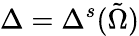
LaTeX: \Delta=\Delta^{s}(\tilde{\Omega})